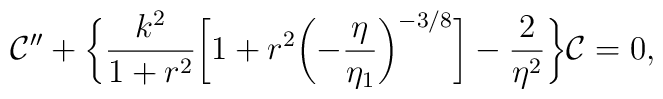
{\cal C}'' + \biggl\{ \frac{k^2}{1 + r^2} \biggl[ 1 + r^2 \biggl(-\frac{\eta}{\eta_{1}}\biggr)^{-3/8}\biggr] - \frac{2}{\eta^2}\biggr\}{\cal C} =0,